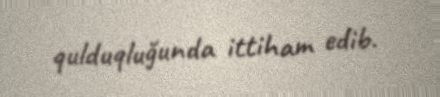
qulduqluğunda ittiham edib.